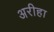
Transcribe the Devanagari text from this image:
अरीहा